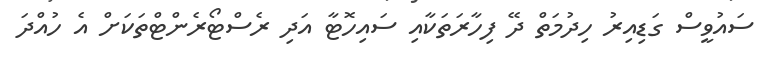
ސައުވީސް ގަޑިއިރު ހިދުމަތް ދޭ ފިހާރަތަކާއި ސައިހޮޓާ އަދި ރެސްޓޯރެންޓްތަކަށް އެ ހުއްދަ